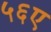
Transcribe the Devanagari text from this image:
५६ए